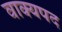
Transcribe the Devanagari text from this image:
वाक्यपद